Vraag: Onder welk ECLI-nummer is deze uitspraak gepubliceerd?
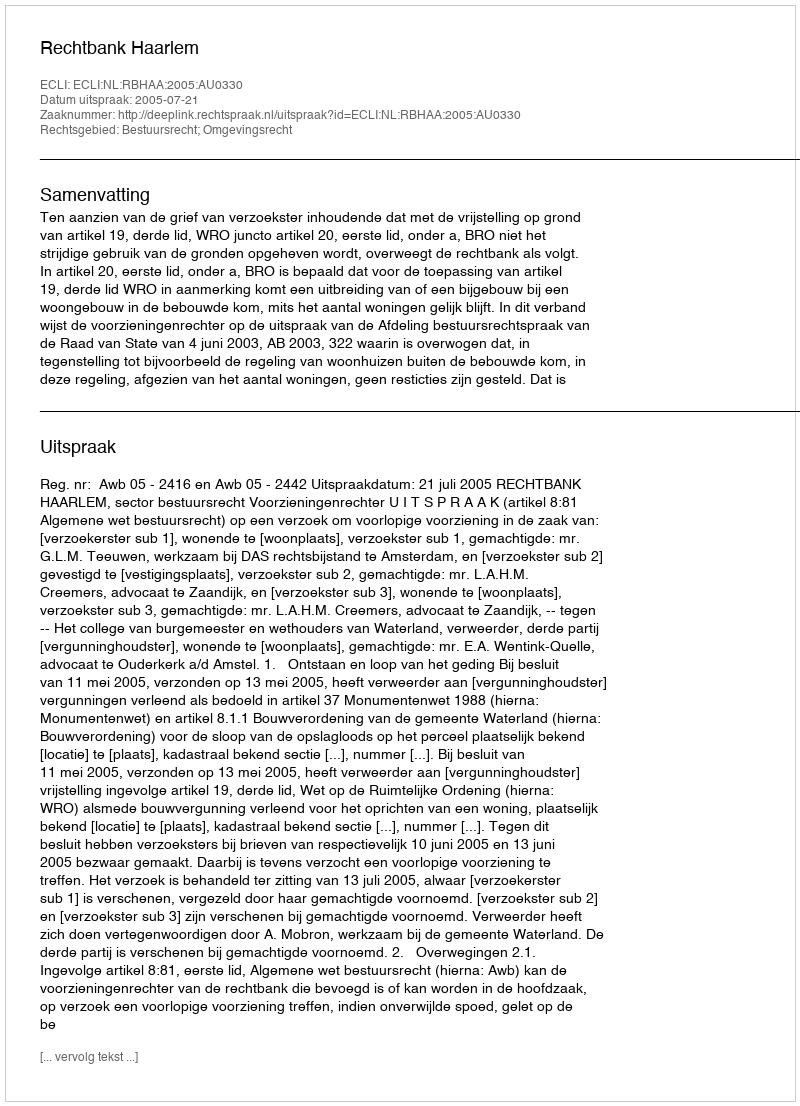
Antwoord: ECLI:NL:RBHAA:2005:AU0330